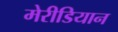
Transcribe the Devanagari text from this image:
मेरीडियान